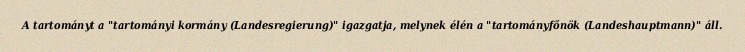
A tartományt a "tartományi kormány (Landesregierung)" igazgatja, melynek élén a "tartományfőnök (Landeshauptmann)" áll.